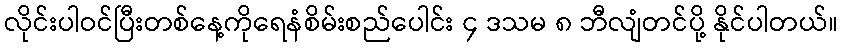
လိုင်းပါဝင်ပြီးတစ်နေ့ကိုရေနံစိမ်းစည်ပေါင်း ၄ ဒသမ ၈ ဘီလျံတင်ပို့ နိုင်ပါတယ်။